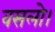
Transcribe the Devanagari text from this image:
वसलो।